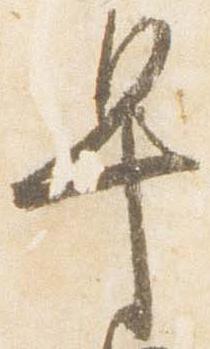
早